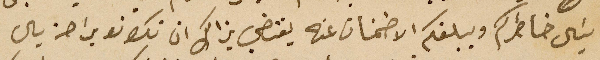
يسَال خاطركم ويبلغكم الاطمنان عنه يقتضي بذالك ان تكونو براحة بال